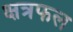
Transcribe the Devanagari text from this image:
क्षत्रफल